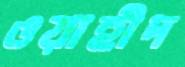
ওয়াহীদ